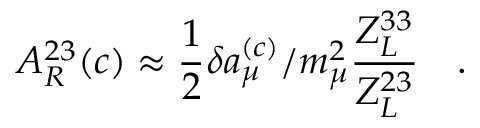
A _ { R } ^ { 2 3 } ( c ) \approx \frac { 1 } { 2 } \delta a _ { \mu } ^ { ( c ) } / m _ { \mu } ^ { 2 } \frac { Z _ { L } ^ { 3 3 } } { Z _ { L } ^ { 2 3 } } \ \ \ .